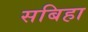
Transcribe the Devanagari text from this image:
सबिहा